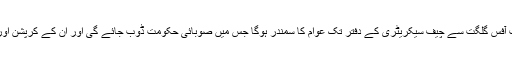
انہوں نے کہا کہ پیپلزپارٹی کے کیمپ آفس گلگت سے چیف سیکریٹری کے دفتر تک عوام کا سمندر ہوگا جس میں صوبائی حکومت ڈوب جائے گی اور ان کے کرپشن اور کرتوت عوام کے سامنے آجائینگے ۔